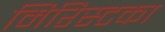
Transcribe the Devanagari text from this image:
मिरिस्टका